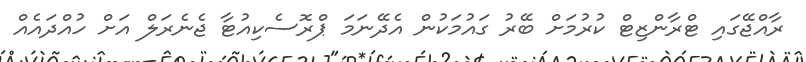
ރާއްޖޭގައި ޓްރާންޒިޓް ކުރުމަށް ބޭރު ގައުމަކުން އެދޭނަމަ ޕްރޮސެކިއުޓާ ޖެނެރަލް އަށް ހުއްދައެއް